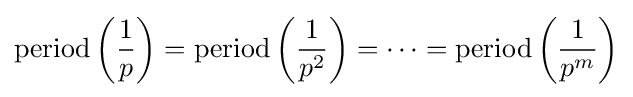
{\text{period}}\left({\frac {1}{p}}\right)={\text{period}}\left({\frac {1}{p^{2}}}\right)=\cdots ={\text{period}}\left({\frac {1}{p^{m}}}\right)